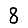
Digit: 8